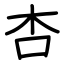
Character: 杏